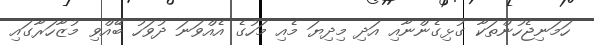
ހަމަނިޖެހުންތަކާ ގުޅިގެންނާއި އަދި މިދިޔަ މެއި މަހުގެ އެއްވަނަ ދުވަހު ބޭއްވި މުޒާހަރާގައި